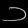
Digit: ၁